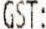
GST: